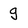
Character: g